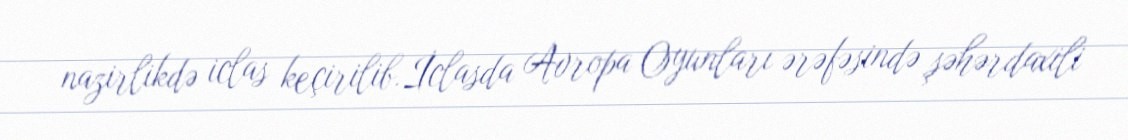
nazirlikdə iclas keçirilib.İclasda Avropa Oyunları ərəfəsində şəhərdaxili